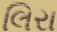
લિરા